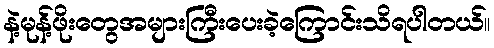
နဲ့မုန့်ဖိုးတွေအများကြီးပေးခဲ့ကြောင်းသိရပါတယ်။